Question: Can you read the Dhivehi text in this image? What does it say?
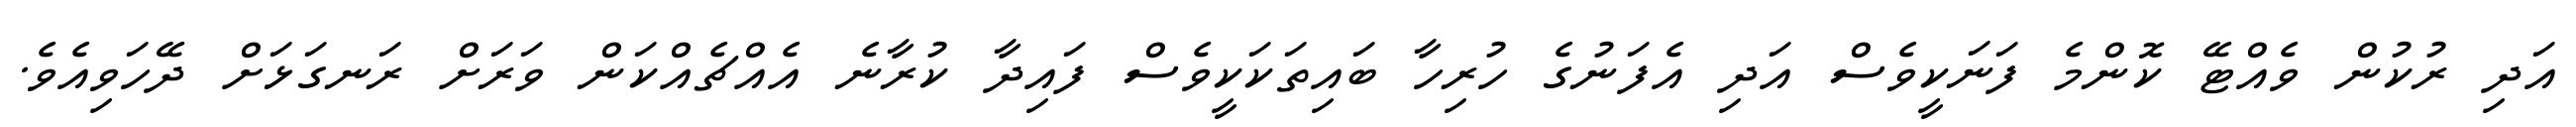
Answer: އަދި ރުކުން ވެއްޓޭ ކޮންމެ ފަނަކީވެސް އަދި އެފަނުގެ ހުރިހާ ބައިތަކަކީވެސް ފައިދާ ކުރާނެ އެއްޗެއްކަން ވަރަށް ރަނގަޅަށް ދޭހަވިއެވެ.